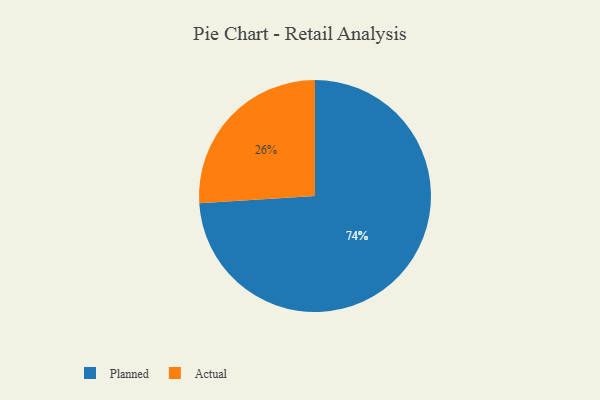
{"axis": {"x": "Category", "y": "Percentage"}, "legend": ["Actual", "Planned"], "data": [{"x": "Planned", "y": 74, "type": "Planned"}, {"x": "Actual", "y": 26, "type": "Actual"}]}